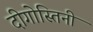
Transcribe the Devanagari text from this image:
दीगोस्तिनी